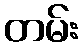
တမ်း